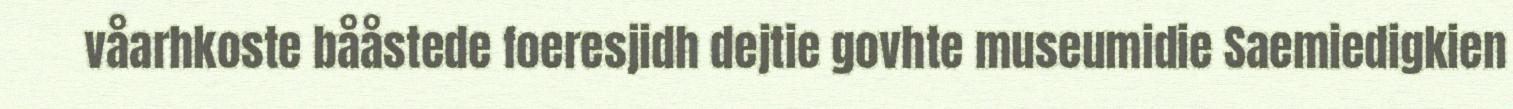
våarhkoste bååstede foeresjidh dejtie govhte museumidie Saemiedigkien